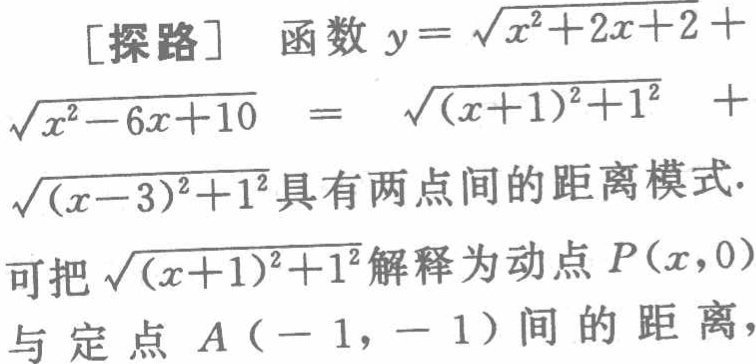
[探路] 函数 \(y = \sqrt{x^{2}+2x + 2}+\sqrt{x^{2}-6x + 10}=\sqrt{(x + 1)^{2}+1^{2}}+\sqrt{(x - 3)^{2}+1^{2}}\)具有两点间的距离模式.
可把\(\sqrt{(x + 1)^{2}+1^{2}}\)解释为动点\(P(x,0)\)与定点\(A(-1,-1)\)间的距离，